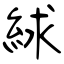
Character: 絿